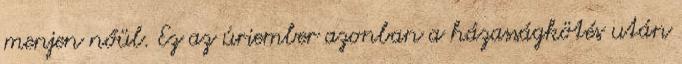
menjen nőül. Ez az úriember azonban a házasságkötés után